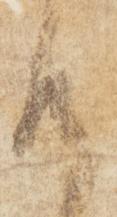
候